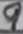
Text: 9